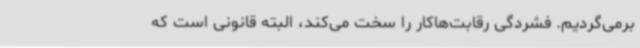
برمی‌گردیم. فشردگی رقابت‌هاکار را سخت می‌کند، البته قانونی است که